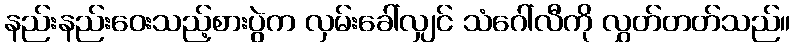
နည်းနည်းဝေးသည့်စားပွဲက လှမ်းခေါ်လျှင် သံဂေါ်လီကို လွှတ်တတ်သည်။